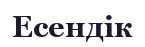
Есендік